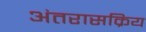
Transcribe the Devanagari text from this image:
अंतरासक्रिय